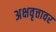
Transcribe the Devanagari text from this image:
अक्षवृत्तावर